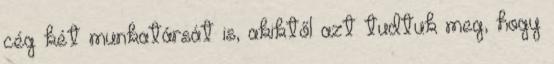
cég két munkatársát is, akiktől azt tudtuk meg, hogy